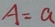
A = a